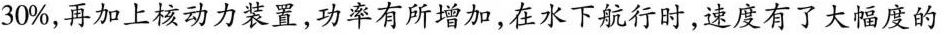
30%，再加上核动力装置，功率有所增加，在水下航行时，速度有了大幅度的